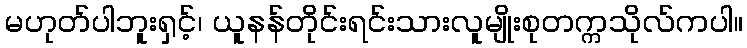
မဟုတ်ပါဘူးရှင့်၊ ယူနန်တိုင်းရင်းသားလူမျိုးစုတက္ကသိုလ်ကပါ။